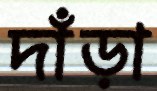
দাঁড়া